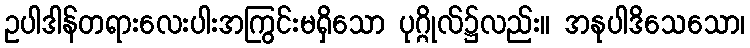
ဥပါဒါန်တရားလေးပါးအကြွင်းမရှိသော ပုဂ္ဂိုလ်၌လည်း။ အနုပါဒိသေသော၊